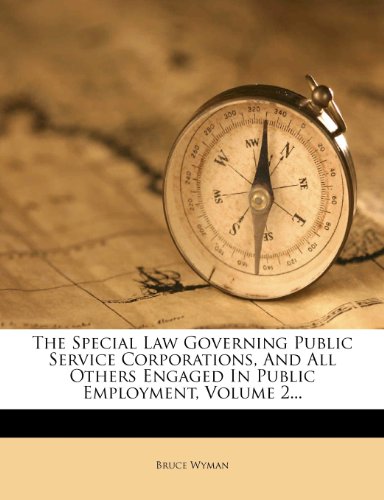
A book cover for The Special Law Governing Public Service Corporations, And All Others Engaged In Public Employment, Volume 2...; Bruce Wyman; Law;